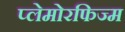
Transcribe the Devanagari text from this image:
प्लेमोरफिज्म